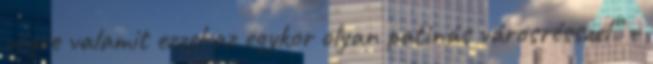
végre valamit ezzel az egykor olyan patinás városrésszel” –